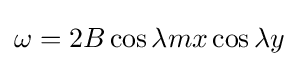
\omega =2B\cos \lambda mx\cos \lambda y